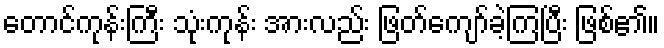
တောင်ကုန်းကြီး သုံးကုန်း အားလည်း ဖြတ်ကျော်ခဲ့ကြပြီး ဖြစ်၏။